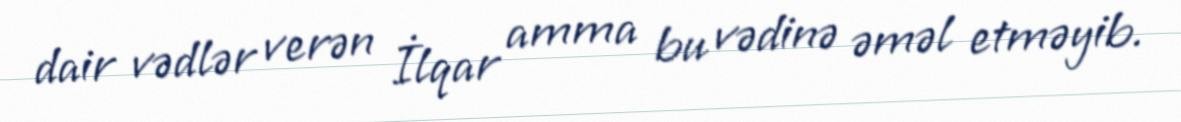
dair vədlər verən İlqar amma bu vədinə əməl etməyib.